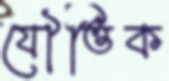
যৌত্তিক